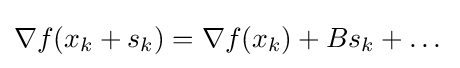
\nabla f(x_{k}+s_{k})=\nabla f(x_{k})+Bs_{k}+\dots